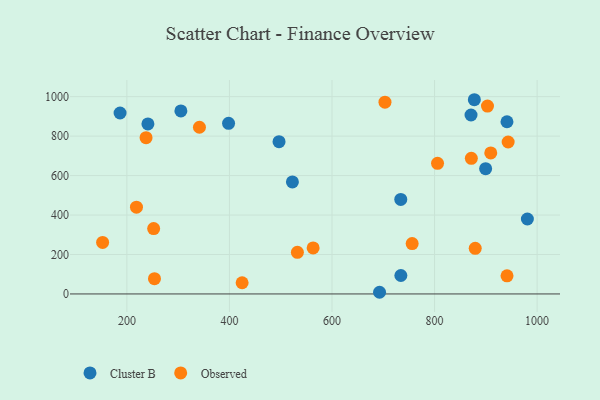
{"axis": {"x": "Study Hours", "y": "Demand"}, "legend": ["Cluster B", "Observed"], "data": [{"x": "981.0", "y": 379.9, "type": "Cluster B"}, {"x": "186.7", "y": 917.2, "type": "Cluster B"}, {"x": "877.6", "y": 984.5, "type": "Cluster B"}, {"x": "871.1", "y": 907.1, "type": "Cluster B"}, {"x": "398.3", "y": 864.8, "type": "Cluster B"}, {"x": "522.8", "y": 567.9, "type": "Cluster B"}, {"x": "941.2", "y": 872.9, "type": "Cluster B"}, {"x": "692.7", "y": 8.5, "type": "Cluster B"}, {"x": "241.0", "y": 861.8, "type": "Cluster B"}, {"x": "496.7", "y": 772.1, "type": "Cluster B"}, {"x": "899.6", "y": 635.2, "type": "Cluster B"}, {"x": "734.3", "y": 93.5, "type": "Cluster B"}, {"x": "305.3", "y": 927.8, "type": "Cluster B"}, {"x": "734.1", "y": 479.3, "type": "Cluster B"}, {"x": "252.2", "y": 331.6, "type": "Observed"}, {"x": "218.7", "y": 440.1, "type": "Observed"}, {"x": "909.6", "y": 714.9, "type": "Observed"}, {"x": "341.5", "y": 845.1, "type": "Observed"}, {"x": "424.7", "y": 56.9, "type": "Observed"}, {"x": "943.5", "y": 770.3, "type": "Observed"}, {"x": "941.3", "y": 91.9, "type": "Observed"}, {"x": "879.3", "y": 231.5, "type": "Observed"}, {"x": "563.2", "y": 233.4, "type": "Observed"}, {"x": "756.3", "y": 255.1, "type": "Observed"}, {"x": "903.2", "y": 952.2, "type": "Observed"}, {"x": "871.7", "y": 687.3, "type": "Observed"}, {"x": "532.5", "y": 210.9, "type": "Observed"}, {"x": "253.8", "y": 77.6, "type": "Observed"}, {"x": "152.7", "y": 261.2, "type": "Observed"}, {"x": "703.3", "y": 972.0, "type": "Observed"}, {"x": "237.4", "y": 792.0, "type": "Observed"}, {"x": "805.8", "y": 662.1, "type": "Observed"}]}